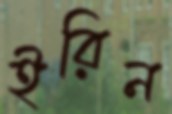
ইরিন